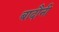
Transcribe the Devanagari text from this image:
बादौनी